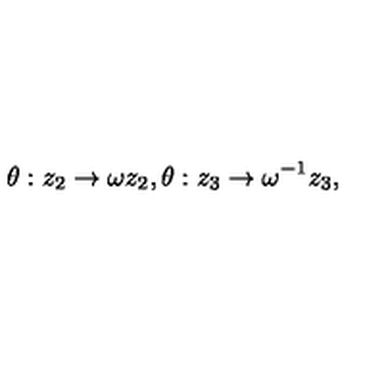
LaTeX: \theta : z _ { 2 } \rightarrow \omega z _ { 2 } , \theta : z _ { 3 } \rightarrow \omega ^ { - 1 } z _ { 3 } ,